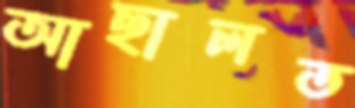
আছালত